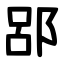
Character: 郘